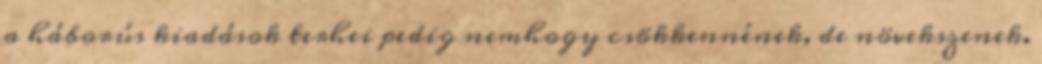
a háborús kiadások terhei pedig nemhogy csökkennének, de növekszenek.